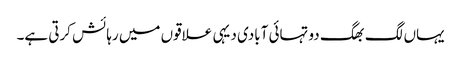
یہاں لگ بھگ دو تہائی آبادی دیہی علاقوں میں رہائش کرتی ہے۔